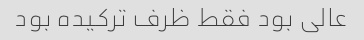
عالی بود فقط ظرف ترکیده بود